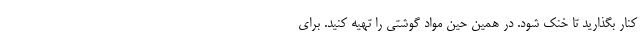
کنار بگذارید تا خنک شود. در همین حین مواد گوشتی را تهیه کنید. برای